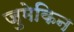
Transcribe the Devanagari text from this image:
जुमेकिन